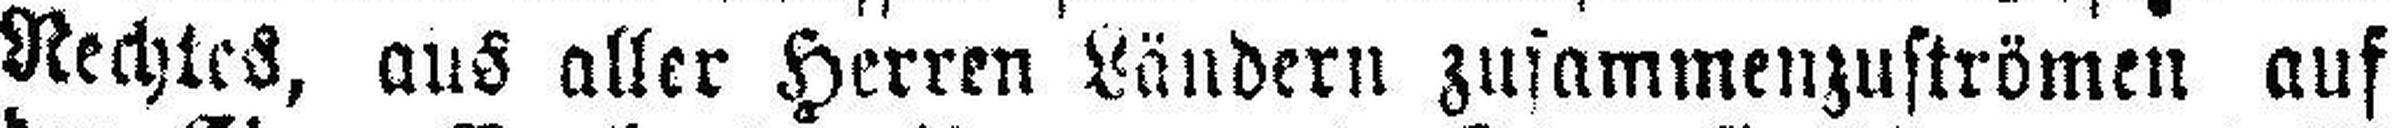
Rechtes, aus aller Herren Ländern zusammenzuströmen auf